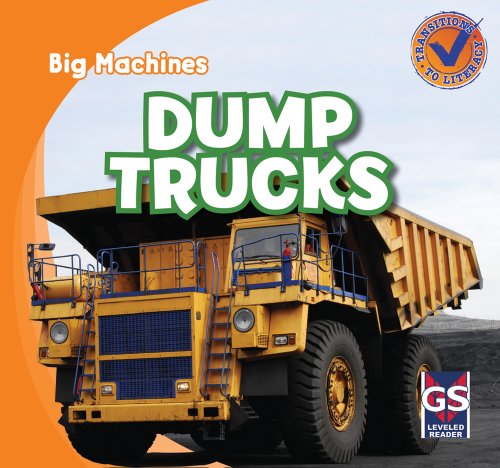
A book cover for Dump Trucks (Big Machines); Katie Kawa; Children's Books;